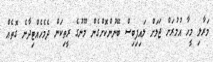
މަރާލި މީހާ އުމުރަށް ޖަލަށް ލައިފިބިސް ބޭނުންކޮށްގެން މޫނުގެ ރީތިކަން ދެމެހެއްޓިދާނެ ގޮތެއް